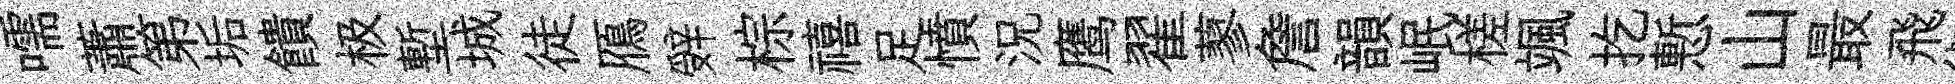
嚅蕭第垢饋极塹城徒鴈辤棕禧足憤況鹰翟蓼詹韻岷槎颯扢慙山最飛術